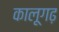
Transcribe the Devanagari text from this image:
कालूगढ़